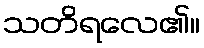
သတိရလေ၏။